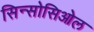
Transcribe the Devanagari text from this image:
सिन्सोसिओल